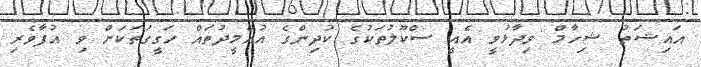
އައިޝަތު ޝިހާމް ވިދާޅުވީ އެއީ ސްކޫލުތަކުގެ ކުދިންގެ އުއްމީދުތައް ހަގީގަތަކަށް ވި އުފާވެރި